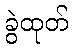
ခွဲထုတ်